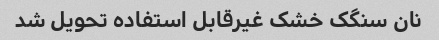
نان سنگک خشک غیرقابل استفاده تحویل شد